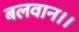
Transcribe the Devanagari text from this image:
बलवान।।